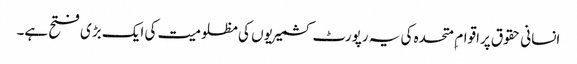
انسانی حقوق پراقوام ِ متحدہ کی یہ رپورٹ کشمیریوں کی مظلومیت کی ایک بڑی فتح ہے۔